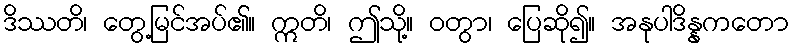
ဒိဿတိ၊ တွေ့မြင်အပ်၏။ ဣတိ၊ ဤသို့။ ဝတွာ၊ ပြေဆို၍။ အနုပါဒိန္နကတော